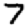
Digit: 7